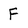
Character: F